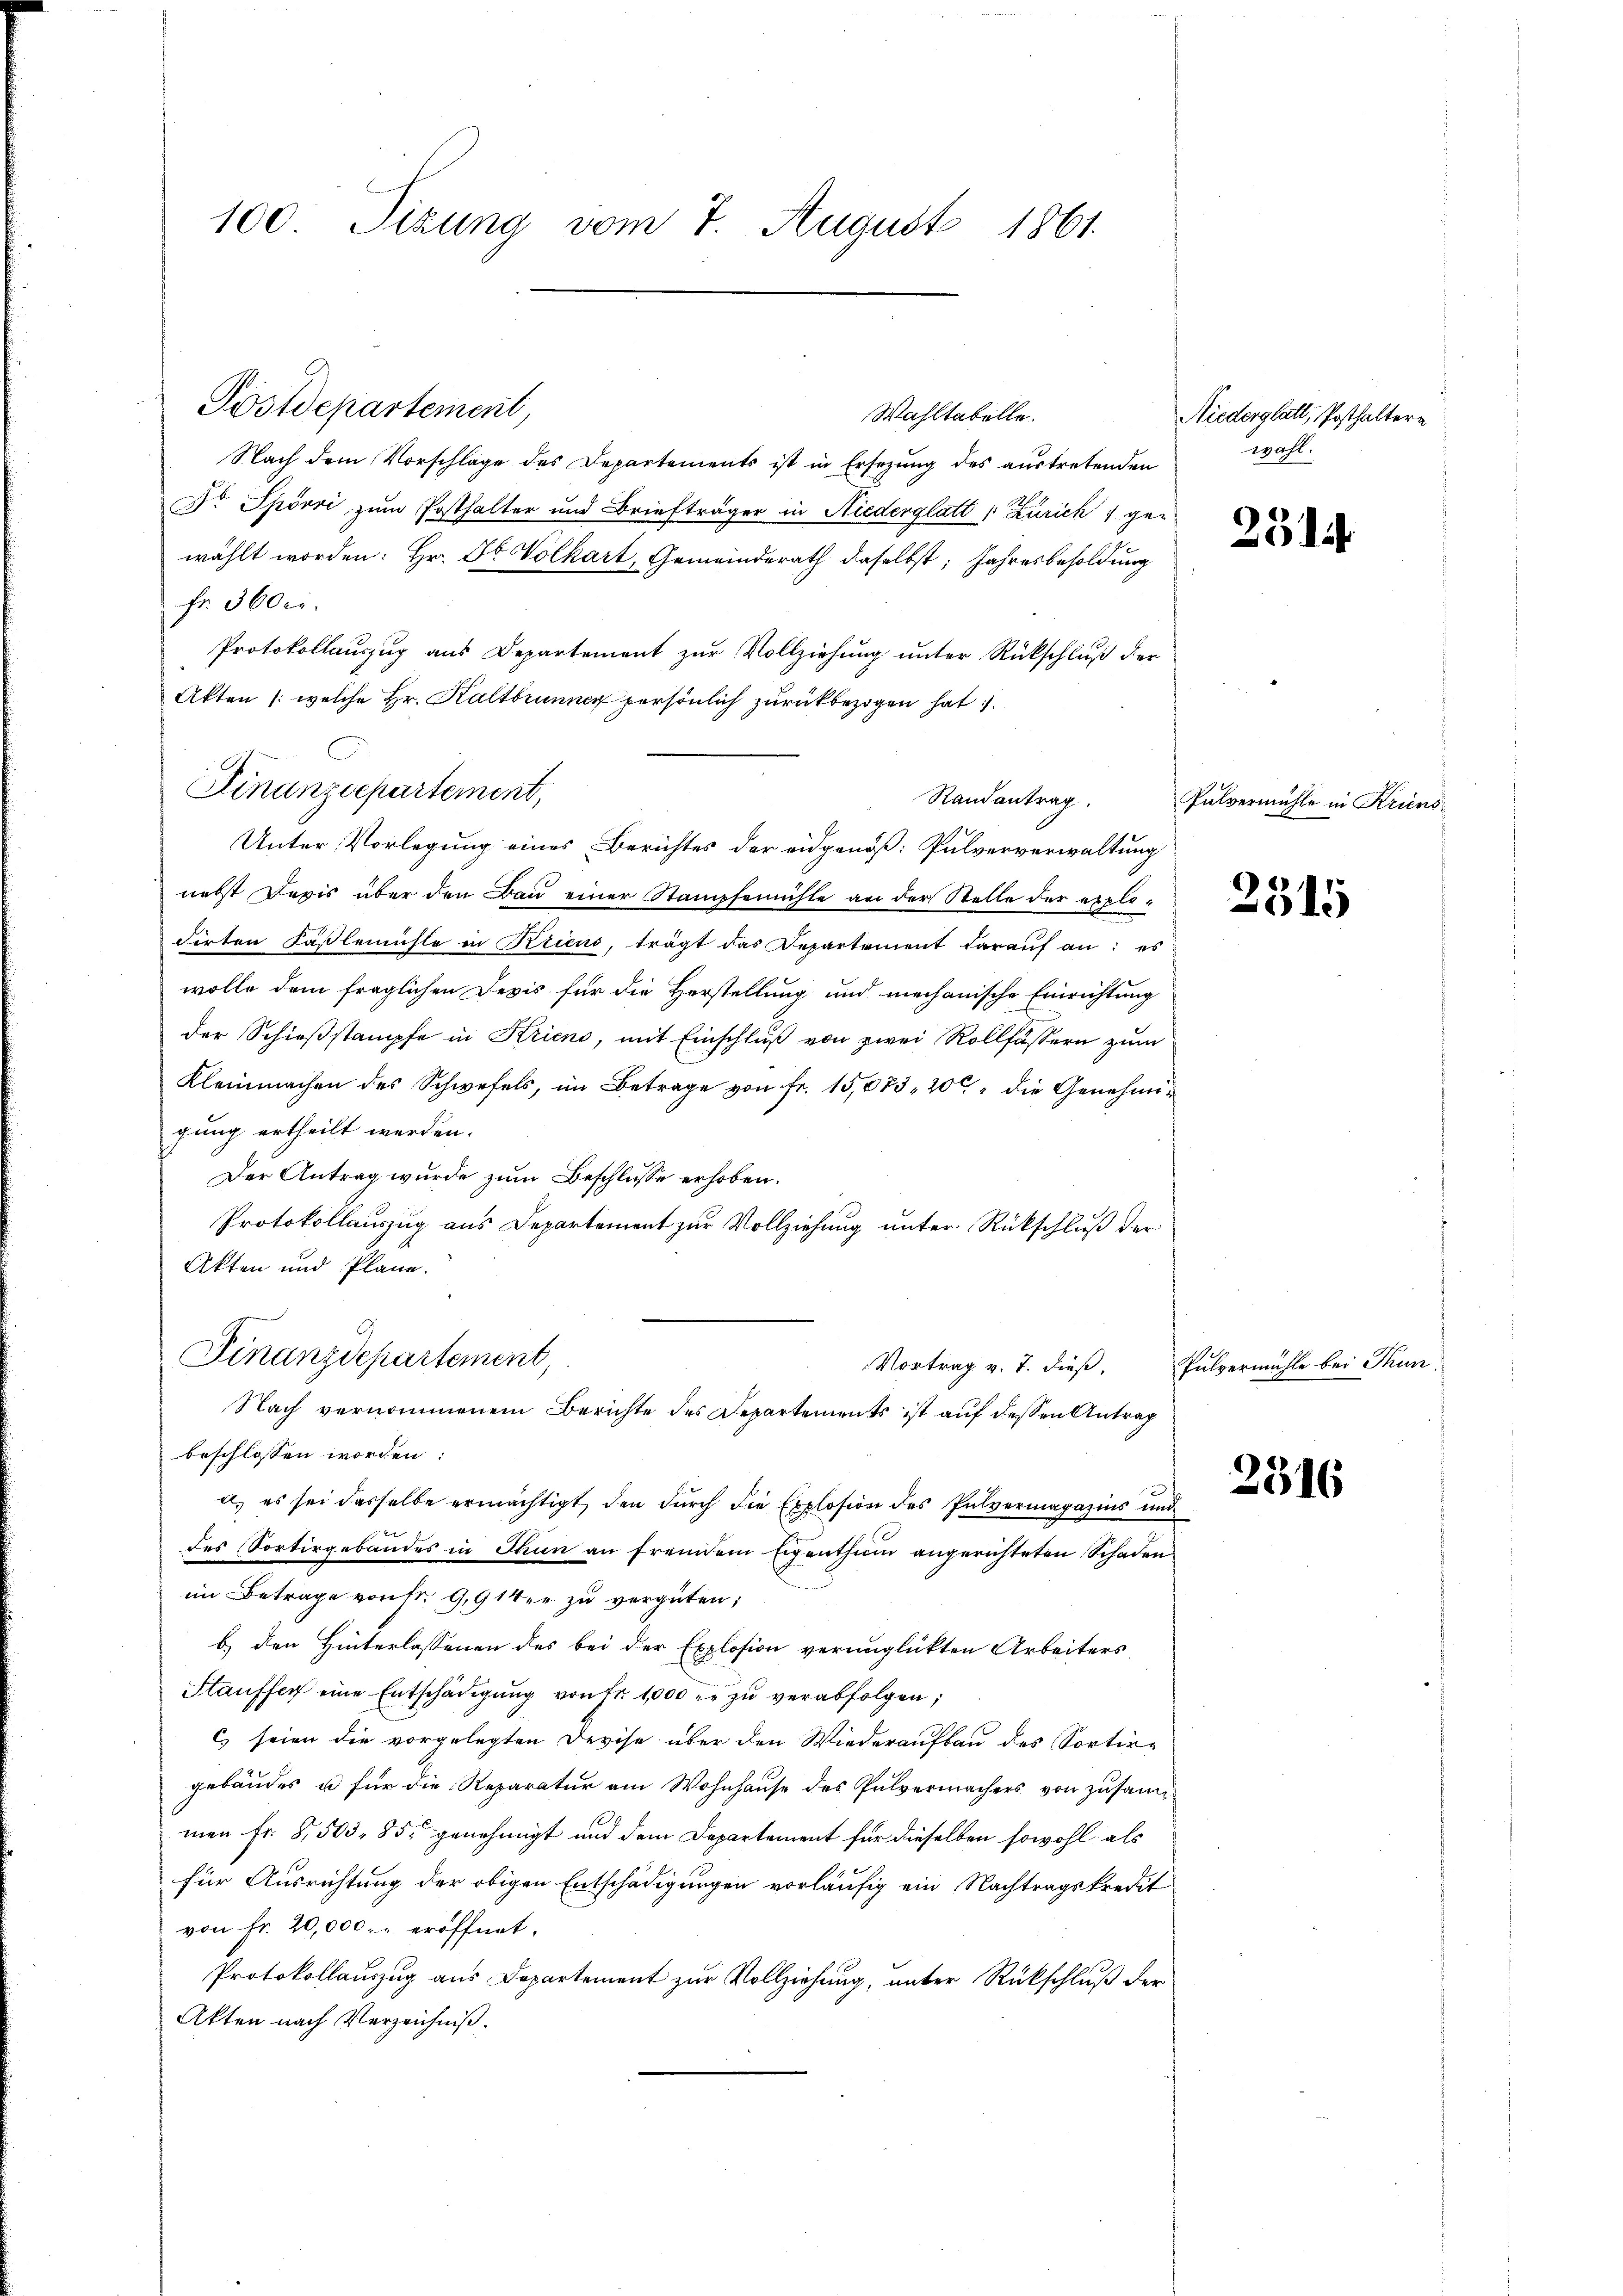
100. Sizung vom 7. August 1861.

Postdepartement,
Nach dem Vorschlage des Departements ist in Ersezung des austretenden
Dr Spörri zum Posthalter und Briefträger in Niederglatt 1 Zürich 1 gewählt worden: Hr. Dr Volkart, Gemeinderath daselbst; Jahresbesoldung
fr. 3600.
Protokollauszug aus Departement zur Vollziehung unter Rückschluß der
Akten (welche Hr. Kaltbrunner persönlich zurückbezogen hat
Randantrag.
Unter Vorlegung eines Berichtes der eidgenöß: Pulververwaltung
nebst Davis über den Bau einer Stampfenichte an der Stelle der expli¬
Firten Fäβlemühle in Kriens, trägt das Departement daraŭf an: es
wolle dem fraglichen Devis für die Herstellung und mechanische Einrichtung
der Schießstämpfe in Krieno, mit Einschluß von zwei Rollfässern zum
Kleinmachen des Schwefels, im Betrage von Fr. 15,073, 20 die Genehmigung ertheilt werden.
Der Antrag wurde zum Beschlüsse erhoben.
Protokollauszug aus Departement zur Vollziehung unter Rückschluß der
Akten und Pläne.
Finanzdepartement
Vortrag v. 7. dieß,
Nach vernommenem Berichte des Departements ist auf dessen Antrag
beschlossen worden:
a. es sei dasselbe ermächtigt, den dŭrch die Explosion des Pulvermagazins und
des Sortirgebäudes in Thun an fremdem Eigenthum angerichteten Schaden
im Betrage von fr. G,914. r. zŭ vergüten;
b.) den Hinterlassenen des bei der Explosion verunglückten Arbeiters,
Stauffer eine Entschädigŭng von Fr. 1000 er zŭ verabfolgen;
c) seien die vorgelegten Devise über den Wiederaufbau des Sortir-
gebäudes u für die Reparatur am Wohnhause des Pulvermachers von zusammen Fr. 8,503, 85 genehmigt und dem Departement für dieselben sowohl als
für Ausrichtung der obigen Entschädigungen vorläufig ein Nachtragskredit
von fr. 20,000.- eröffnet.
Protokollauszug aus Departement zur Vollziehung, unter Rückschluß der
Akten nach Verzeichniß.

Finanzdepartement,

Wahltabelle.

Niederglatt, Posthaltern
wahl.

2514

Pulvermühle in Krieno

2315

Pulvermühle bei Thun.

2316